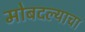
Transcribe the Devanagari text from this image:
मोबदल्याचा